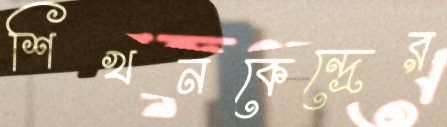
শিখনকেন্দ্রের